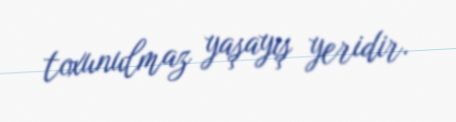
toxunulmaz yaşayış yeridir.